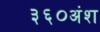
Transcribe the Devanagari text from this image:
३६०अंश